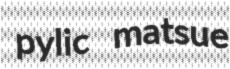
pylic matsue